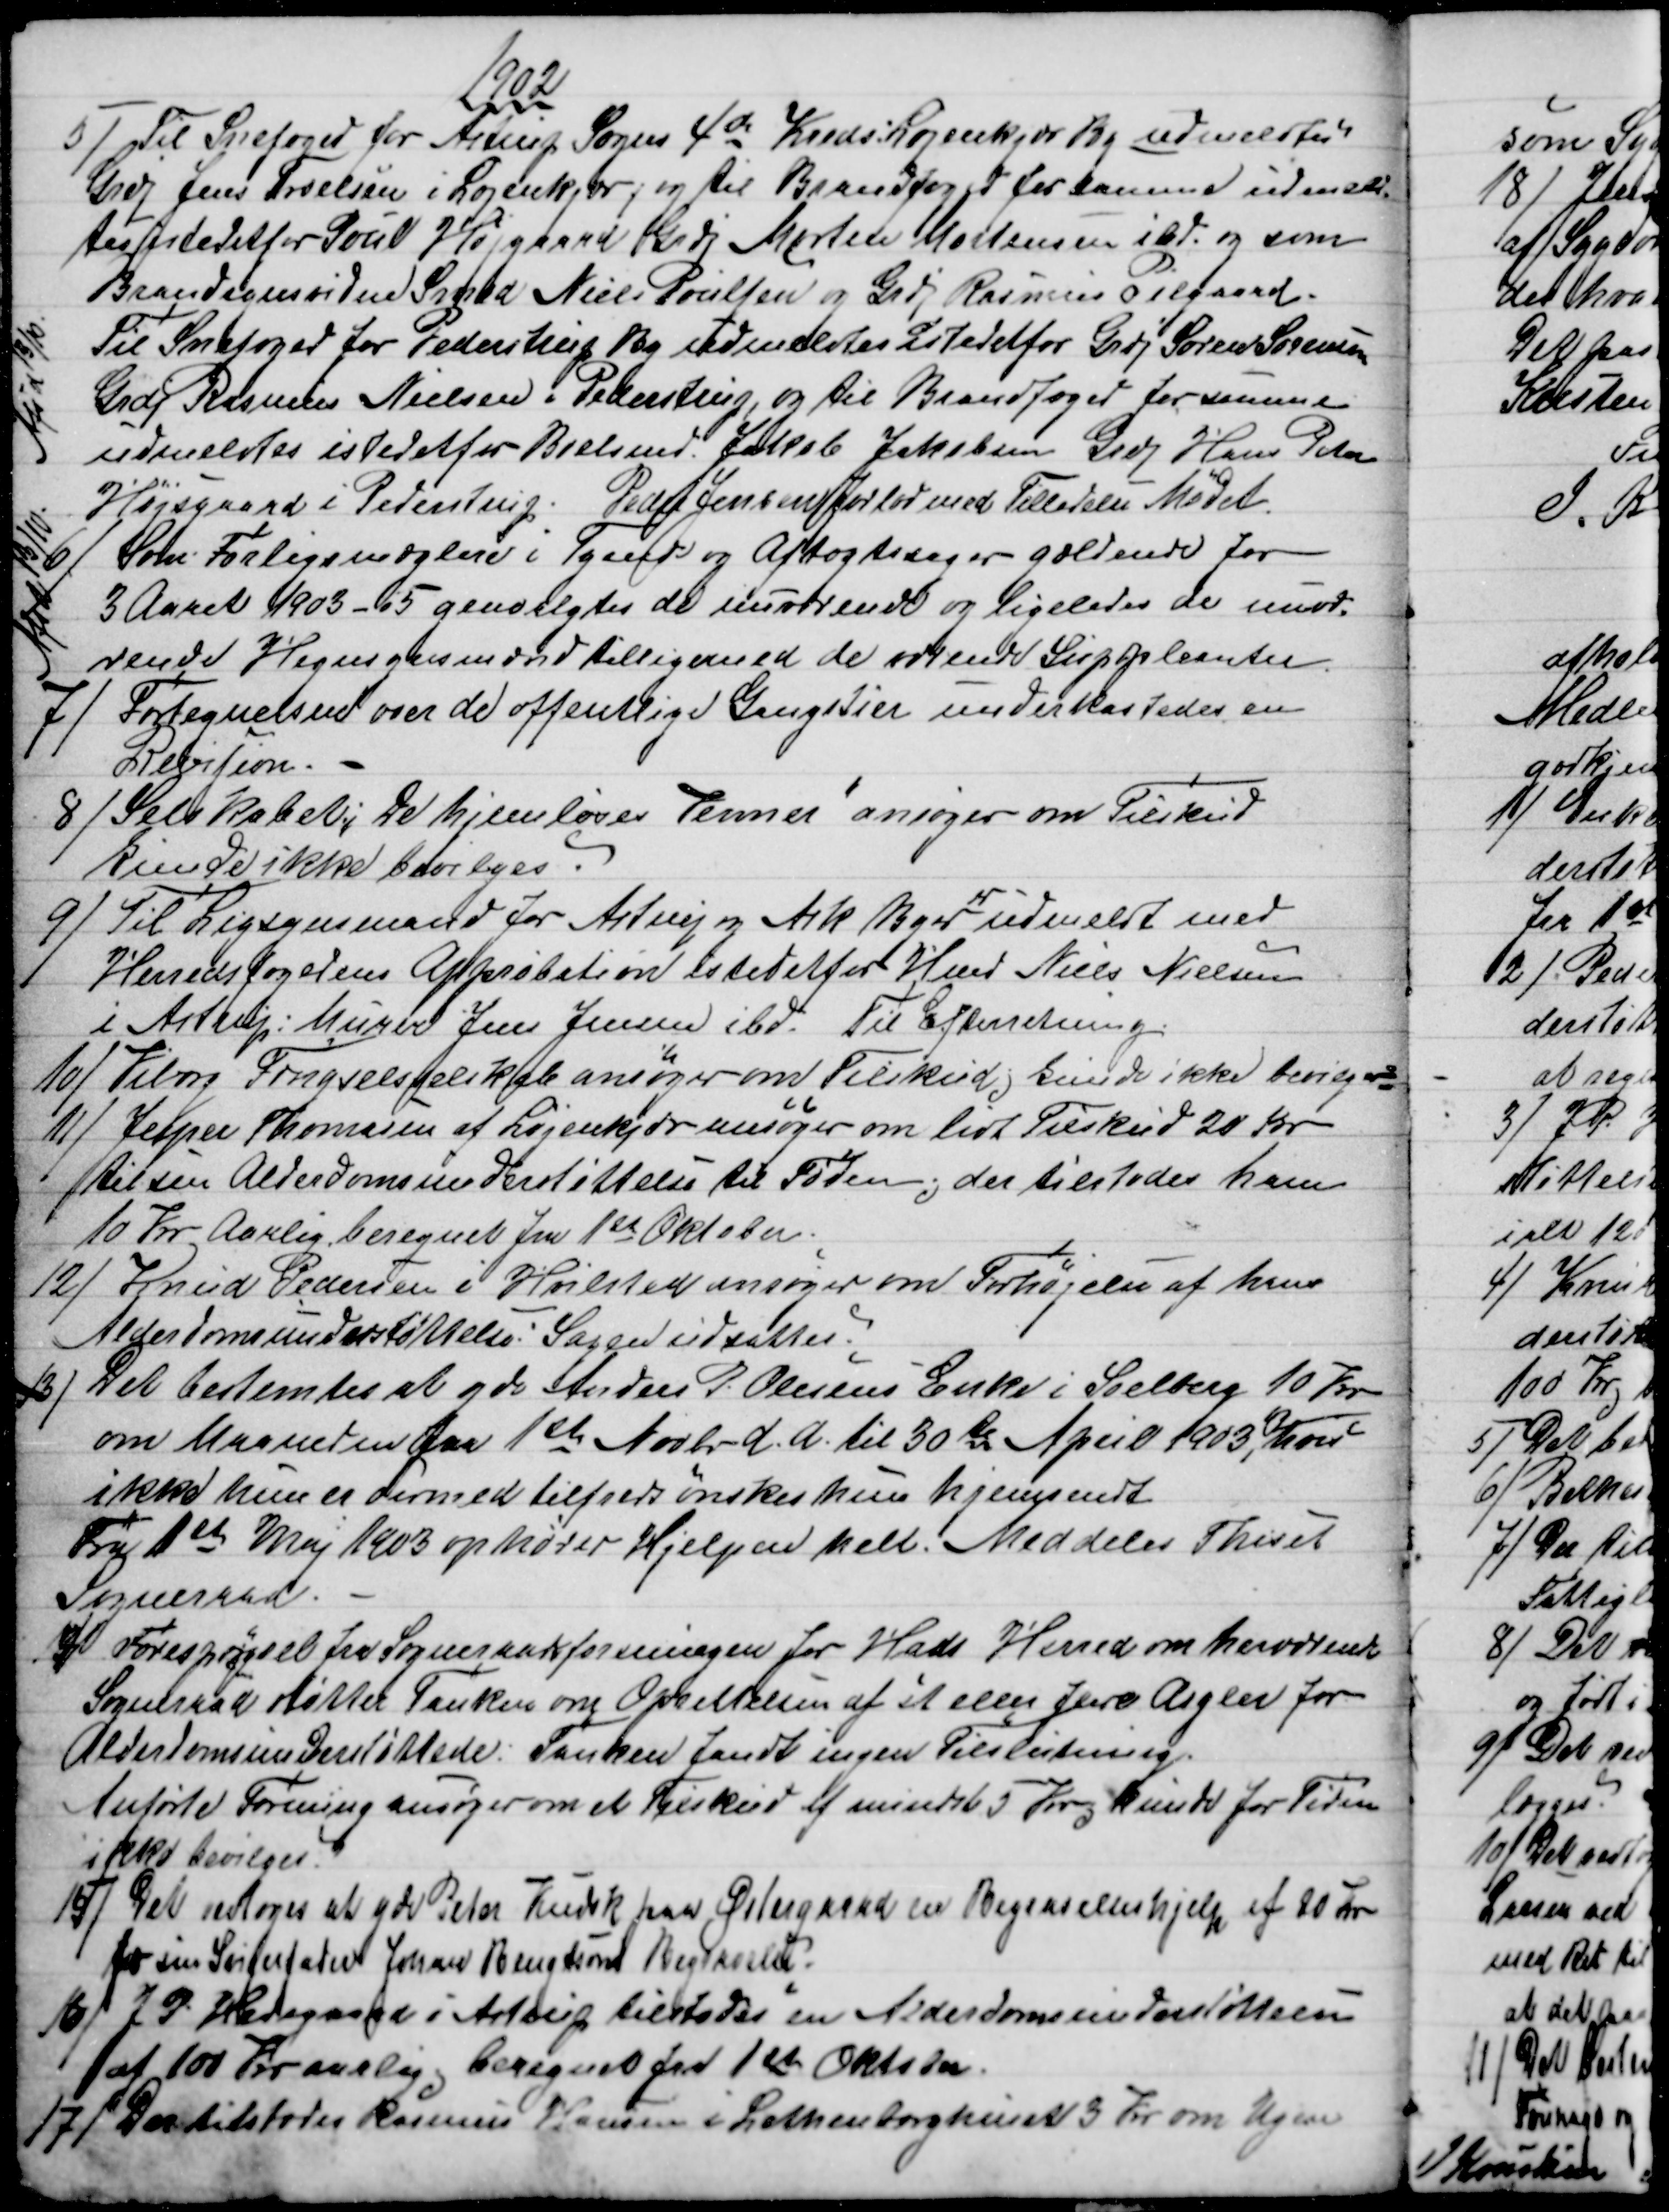
Transskription:
1902
5) 
Til Snefoged for Astrup Sogns 4de Kreds: Løjenkjær By udmeldtes
Grdj Jens Troelsen i Løjenkjær, og til Brandfoged for samme udmeld=
tes istedet for Poul Højgaard Grdj Morten Mortensen ibd. og som
Brandsynsvidne Smed Niels Poulsen og Grdj Rasmus Pilgaard
Til Snefoged for Pederstrup By udmeldtes istedetfor Grdj Søren Sørensen
Grdj Rasmus Nielsen i Pederstrup, og til Brandfoged for samme
udmeldtes istedetfor Boelsmd. Jakob Jakobsen Grdj Hans Peter
Højsgaard i Pederstrup. Peder Jensen forlod med Tilladelse Mødet.
Afs d 13/10
6) 
Som Forligsmæglere i Tyende og Aftægtssager gældende for
3 Aaret 1903 - 05 genvalgtes de nuværende og ligeledes de nuvæ=
rende Hegnsynsmænd tilligemed de værende Suppleanter.
Afs d 13/10.
7) 
Fortegnelsen over de offentlige Gangstier underkastedes en
Revision.
8) 
Selskabet "De hjemløses Venner" ansøger om Tilskud
kunde ikke bevilges.
9) 
Til Ligsynsmand for Astrup og Ask Byer
er
udmeldt med
Herredsfogedens Approbation istedetfor Hmd Niels Nielsen
i Astrup: Murer Jens Jensen ibd. Til Efterretning.
10) 
Viborg Fængselsselskab ansøger om Tilskud, kunde ikke bevilges
11)
Jesper Thomasen af Løjenkjær ansøger om lidt Tilskud 20 Kr
til sin Alderdomsunderstøttelse til Føden, der tilstodes ham
10 Kr Aarlig beregnet fra 1st Oktober.
12)
Knud Pedersen i Hvilsted ansøger om Forhøjelse af hans
Alderdomsunderstøttelse. Sagen udsattes.
13)
Det bestemtes at yde Anders P. Olesens Enke i Soelberg 10 Kr
om Maaneden fra 1ste Novbr. d. A. til 30te April 1903, hvis
ikke hun er dermed tilfreds ønskes hun hjemsendt
Fra 1st Maj 1903 ophører Hjelpen helt. Meddeles Thiset
Sogneraad.
14)
 Forespørgsel fra Sogneraadsforeningen for Hads Herred om herværende
Sogneraad støtter Tanken om Oprettelsen af et eller flere Asyler for
Alderdomsunderstøttede. Tanken fandt ingen Tilslutning.
Anførte Forening ansøger om et Tilskud af mindst 5 Kr, kunde for Tiden
ikke bevilges.
15) 
Det vedtoges at yde Peter Kudsk paa Østergaard en Begravelseshjelp af 20 Kr
for sin Svigerfader Johan Bengtsons Begravelse.
16)
J.P. Hedegaard i Astrup tilstodes en Alderdomsunderstøttelse
af 100 Kr aarlig beregnet fra 1st Oktober.
17) 
Der tilstodes Rasmus Hansen i Lethenborghuset 3 Kr om Ugen